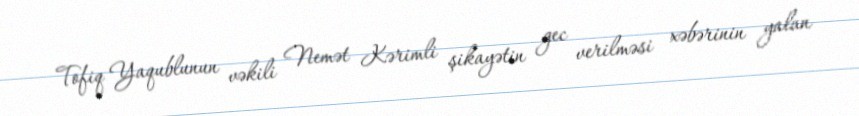
Tofiq Yaqublunun vəkili Nemət Kərimli şikayətin gec verilməsi xəbərinin yalan